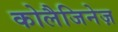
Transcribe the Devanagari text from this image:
कोलैजिनेज़